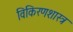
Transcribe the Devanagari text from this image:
विकिरणशास्त्र